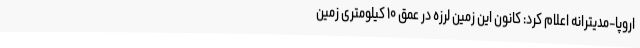
اروپا-مدیترانه اعلام کرد: کانون این زمین لرزه در عمق ۱۰ کیلومتری زمین